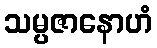
သမ္ပဇာနောဟံ